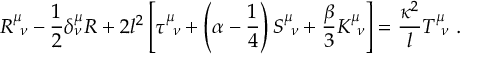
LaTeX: R _ { \ \nu } ^ { \mu } - { \frac { 1 } { 2 } } \delta _ { \nu } ^ { \mu } R + 2 l ^ { 2 } \left[ \tau _ { \ \nu } ^ { \mu } + \left( \alpha - { \frac { 1 } { 4 } } \right) { \cal S } _ { \ \nu } ^ { \mu } + { \frac { \beta } { 3 } } { \cal K } _ { \ \nu } ^ { \mu } \right] = { \frac { \kappa ^ { 2 } } { l } } T _ { \ \nu } ^ { \mu } \ .